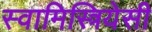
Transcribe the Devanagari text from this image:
स्वामिस्त्रियेसी